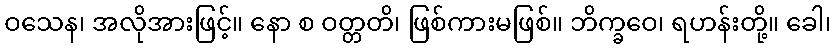
ဝသေန၊ အလိုအားဖြင့်။ နော စ ဝတ္တတိ၊ ဖြစ်ကားမဖြစ်။ ဘိက္ခဝေ၊ ရဟန်းတို့။ ခေါ၊